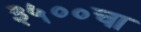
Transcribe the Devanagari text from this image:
३५००चा